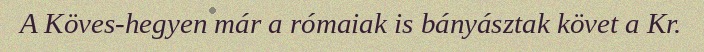
A Köves-hegyen már a rómaiak is bányásztak követ a Kr.